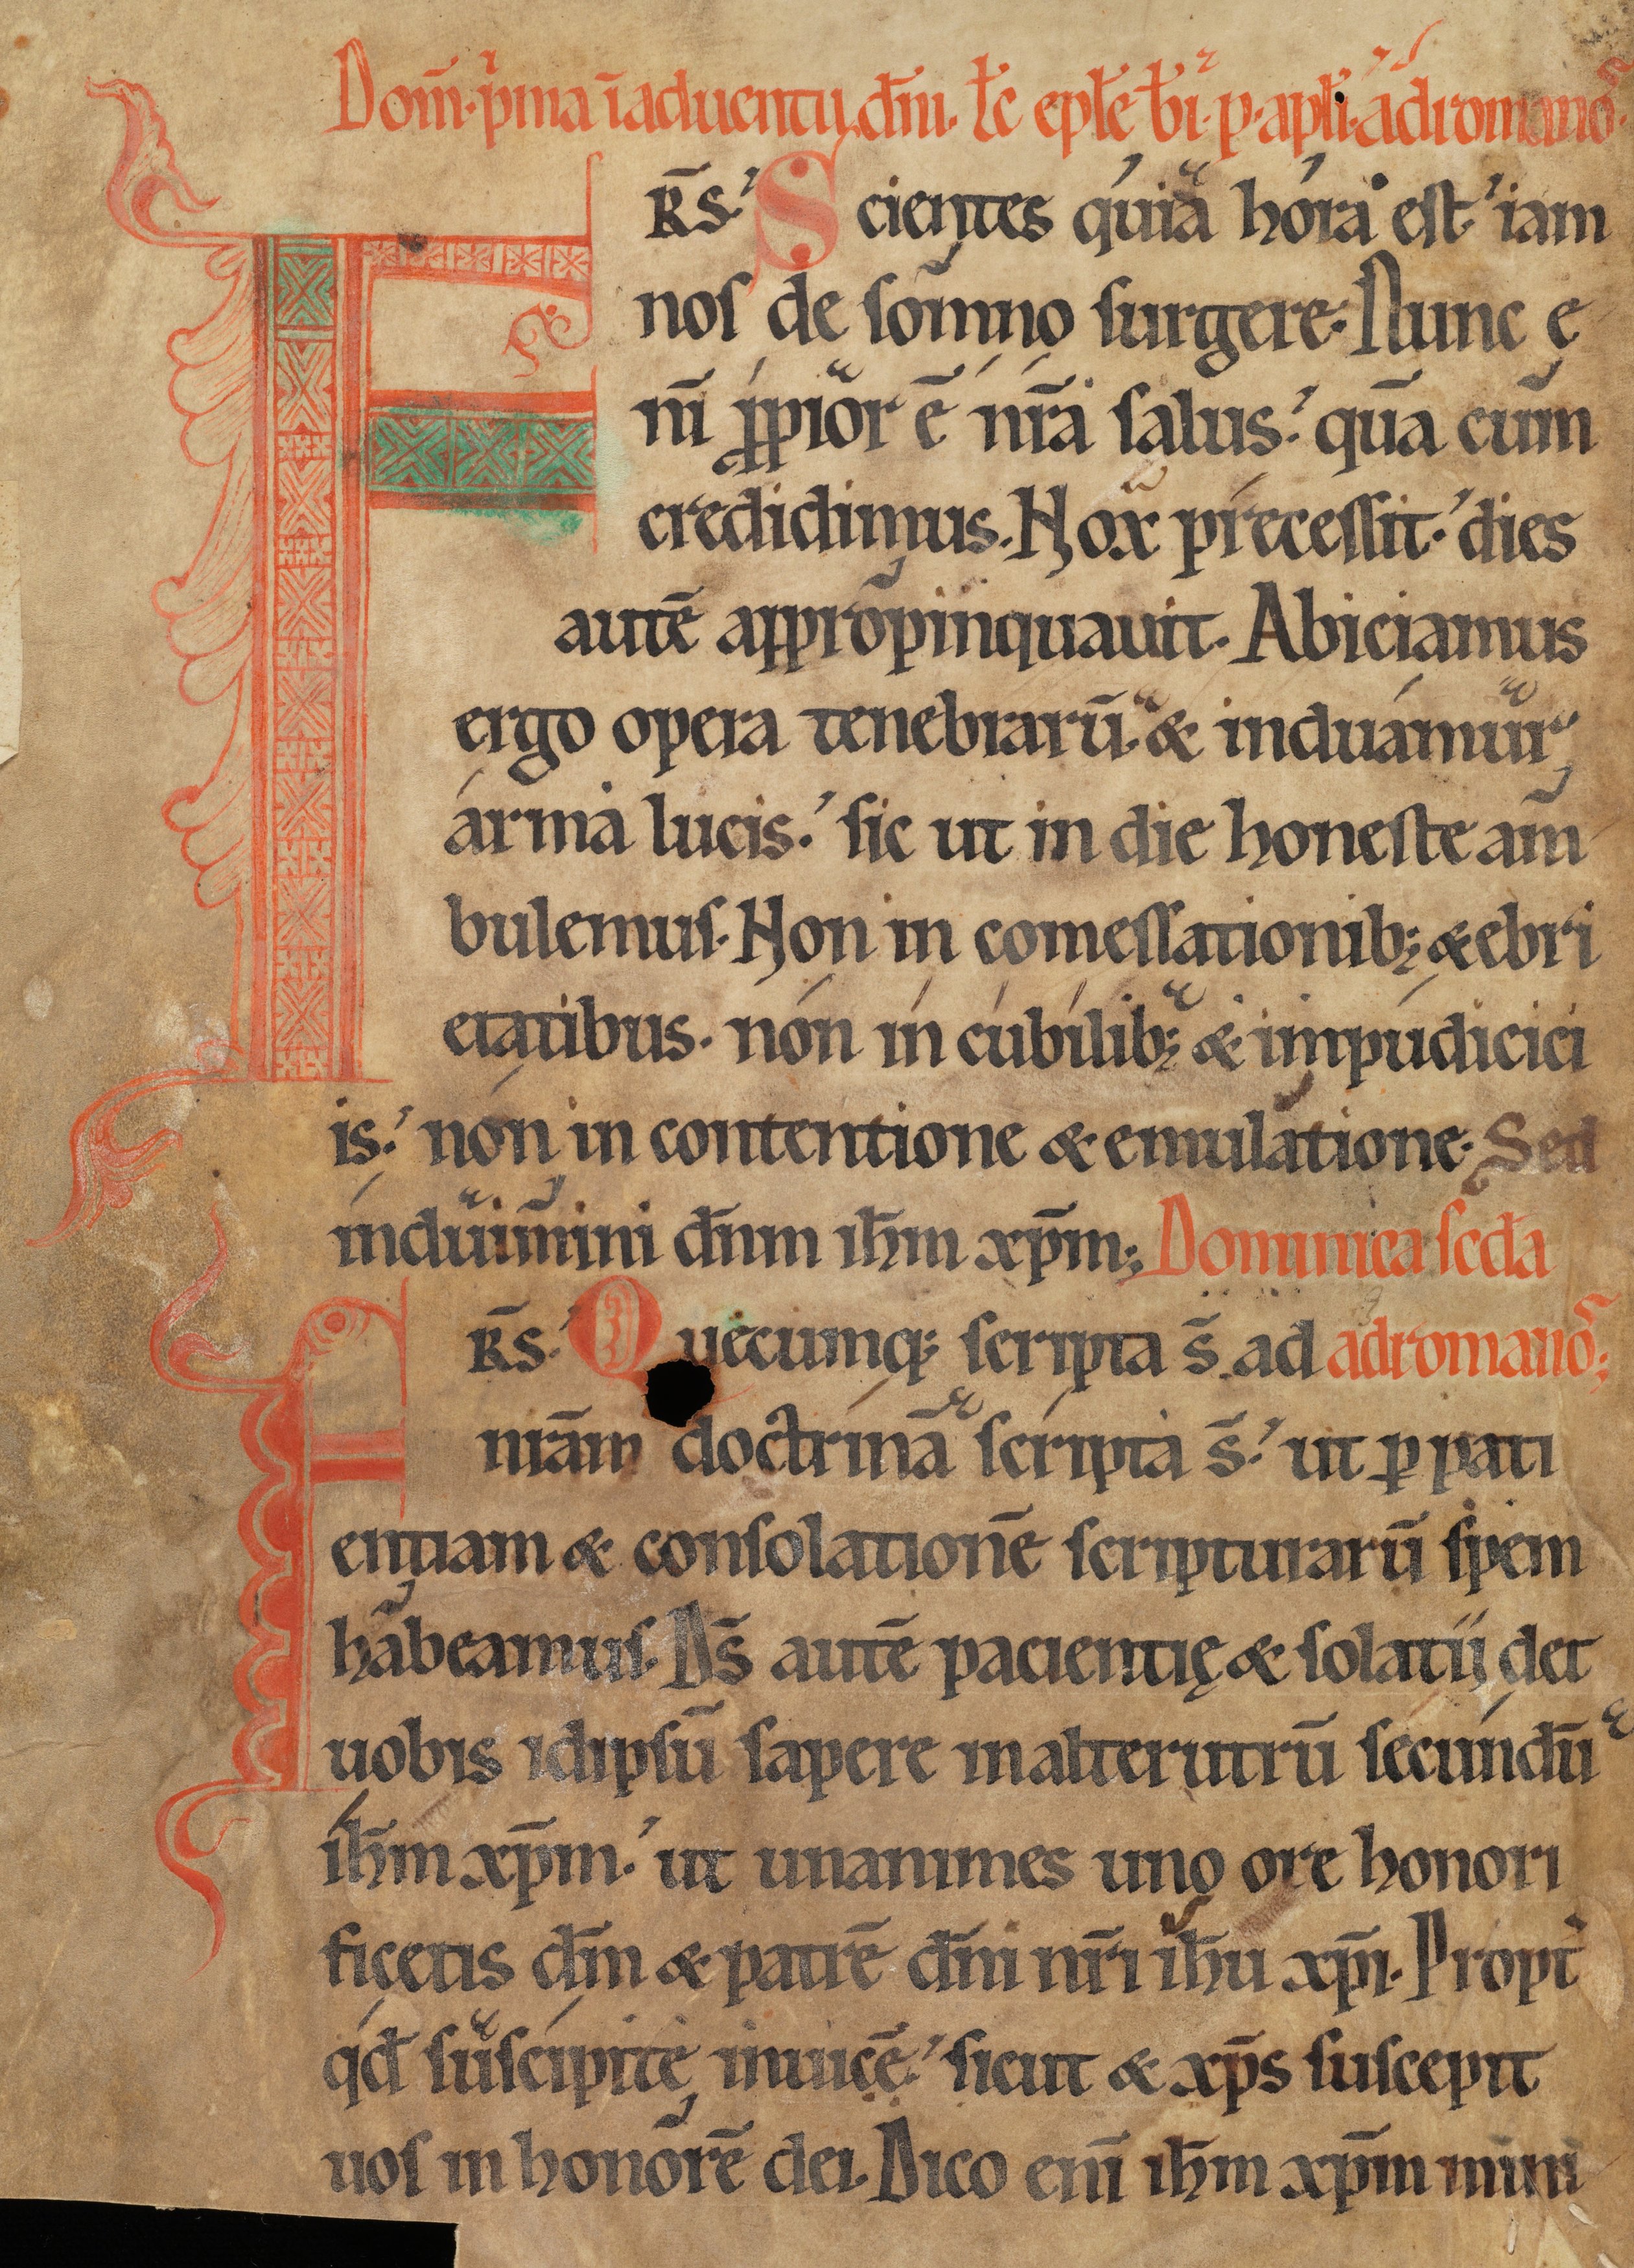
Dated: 1150–1199